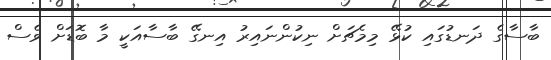
ބާސާގެ ދަނޑުގައި ކުޅޭ މިމެޗަށް ނިކުންނައިރު އިނގޭ ބާސާއަކީ މާ ބޮޑަށް ވެސް